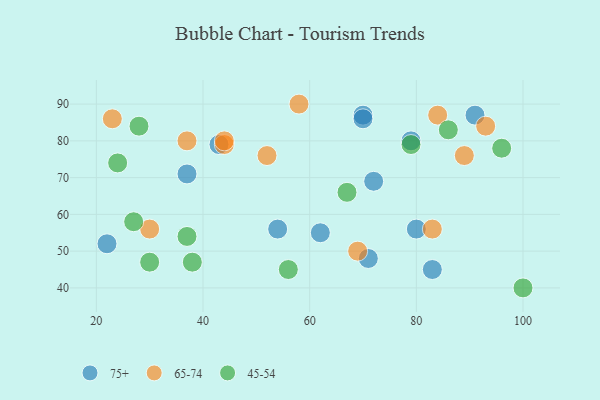
{"axis": {"x": "GDP", "y": "Life Expectancy"}, "legend": ["45-54", "65-74", "75+"], "data": [{"x": "70", "y": 87, "type": "75+"}, {"x": "79", "y": 80, "type": "75+"}, {"x": "62", "y": 55, "type": "75+"}, {"x": "72", "y": 69, "type": "75+"}, {"x": "54", "y": 56, "type": "75+"}, {"x": "22", "y": 52, "type": "75+"}, {"x": "83", "y": 45, "type": "75+"}, {"x": "70", "y": 86, "type": "75+"}, {"x": "43", "y": 79, "type": "75+"}, {"x": "91", "y": 87, "type": "75+"}, {"x": "71", "y": 48, "type": "75+"}, {"x": "80", "y": 56, "type": "75+"}, {"x": "37", "y": 71, "type": "75+"}, {"x": "23", "y": 86, "type": "65-74"}, {"x": "52", "y": 76, "type": "65-74"}, {"x": "83", "y": 56, "type": "65-74"}, {"x": "30", "y": 56, "type": "65-74"}, {"x": "93", "y": 84, "type": "65-74"}, {"x": "58", "y": 90, "type": "65-74"}, {"x": "44", "y": 79, "type": "65-74"}, {"x": "69", "y": 50, "type": "65-74"}, {"x": "44", "y": 80, "type": "65-74"}, {"x": "89", "y": 76, "type": "65-74"}, {"x": "37", "y": 80, "type": "65-74"}, {"x": "84", "y": 87, "type": "65-74"}, {"x": "28", "y": 84, "type": "45-54"}, {"x": "86", "y": 83, "type": "45-54"}, {"x": "27", "y": 58, "type": "45-54"}, {"x": "79", "y": 79, "type": "45-54"}, {"x": "37", "y": 54, "type": "45-54"}, {"x": "38", "y": 47, "type": "45-54"}, {"x": "100", "y": 40, "type": "45-54"}, {"x": "30", "y": 47, "type": "45-54"}, {"x": "96", "y": 78, "type": "45-54"}, {"x": "67", "y": 66, "type": "45-54"}, {"x": "24", "y": 74, "type": "45-54"}, {"x": "56", "y": 45, "type": "45-54"}]}